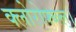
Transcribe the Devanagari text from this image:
क्लोरोफ्य्ल्ल्।